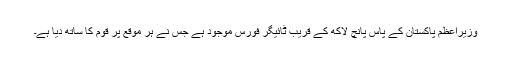
وزیراعظم پاکستان کے پاس پانچ لاکھ کے قریب ٹائیگر فورس موجود ہے جس نے ہر موقع پر قوم کا ساتھ دیا ہے۔